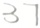
3 7